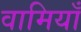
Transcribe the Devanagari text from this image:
वामियाँ